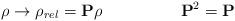
LaTeX: \begin{align*}\rho \rightarrow \rho_{rel} = {\bf P} \rho \hspace{2cm} {\bf P}^2 ={\bf P}\end{align*}